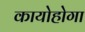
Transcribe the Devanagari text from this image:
कायोहोगा